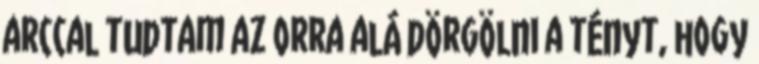
arccal tudtam az orra alá dörgölni a tényt, hogy